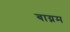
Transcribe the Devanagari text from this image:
बाय्नम